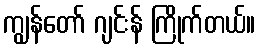
ကျွန်တော် ဂျင်းန် ကြိုက်တယ်။